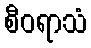
စီဝရာသံ